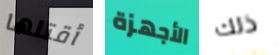
أقتلها الأجهزة ذلك